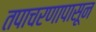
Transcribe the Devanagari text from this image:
तपाचरणापासून